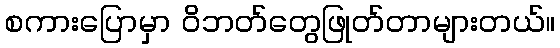
စကားပြောမှာ ဝိဘတ်တွေဖြုတ်တာများတယ်။